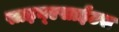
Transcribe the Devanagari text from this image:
साइन्एसाईटस